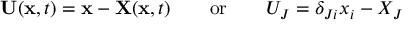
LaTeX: \ \mathbf { U } ( \mathbf { x } , t ) = \mathbf { x } - \mathbf { X } ( \mathbf { x } , t ) \qquad { \mathrm { o r } } \qquad U _ { J } = \delta _ { J i } x _ { i } - X _ { J }